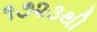
૧૭૨૩થી